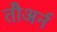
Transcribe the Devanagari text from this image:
तौअर्न